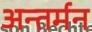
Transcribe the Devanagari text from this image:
अन्‍तर्मन